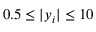
0 . 5 \leq | y _ { i } | \leq 1 0